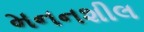
મનનશીલ